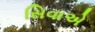
સિવાએ